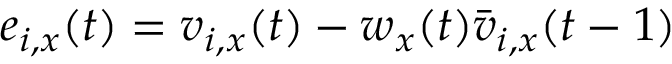
e _ { i , x } ( t ) = v _ { i , x } ( t ) - w _ { x } ( t ) \bar { v } _ { i , x } ( t - 1 )